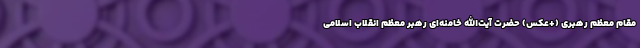
مقام معظم رهبری (+عکس) حضرت آیت‌الله خامنه‌ای رهبر معظم انقلاب اسلامی